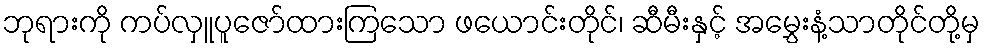
ဘုရားကို ကပ်လှူပူဇော်ထားကြသော ဖယောင်းတိုင်၊ ဆီမီးနှင့် အမွှေးနံ့သာတိုင်တို့မှ